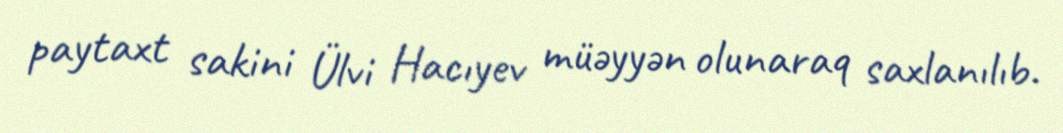
paytaxt sakini Ülvi Hacıyev müəyyən olunaraq saxlanılıb.